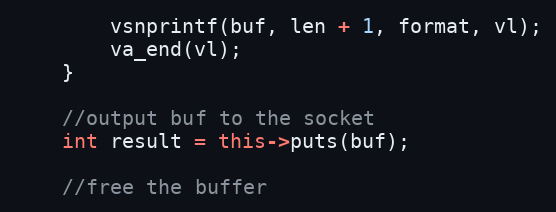
Language: C++
		vsnprintf(buf, len + 1, format, vl);
		va_end(vl);
	}

	//output buf to the socket
	int result = this->puts(buf);

	//free the buffer